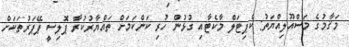
މަޤާމުގެ މަސްއޫލިއްޔަތު: ކެޕިޓަލް މާކެޓާއި ގުޅުން ހުރި ކަންކަމަށް ތައްޔާރުކުރާ ޕޮލިސީ ޕޭޕަރުތަކަށް